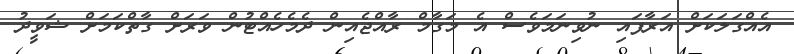
އެއްގަލަކަށް އަރާފައި ނުވިނަމަވެސް އެ މަގާމް ރާއްޖެއިން ދެމެހެއްޓުން ވަރަށް ގާތްކަމަށް ޝަވީދު